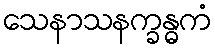
သေနာသနက္ခန္ဓကံ